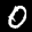
Label: 0